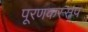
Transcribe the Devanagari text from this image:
पूरणकस्सप